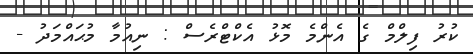
ކުރު ފިލްމް ގެ އެންމެ މޮޅު އެކްޓްރެސް : ނިއުމާ މުޙައްމަދު -